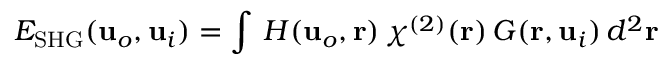
E _ { \mathrm { S H G } } ( \mathbf { u } _ { o } , \mathbf { u } _ { i } ) = \int \, H ( \mathbf { u } _ { o } , \mathbf { r } ) \, \chi ^ { ( 2 ) } ( \mathbf { r } ) \, G ( \mathbf { r } , \mathbf { u } _ { i } ) \, d ^ { 2 } \mathbf { r }